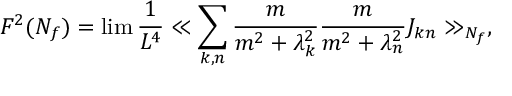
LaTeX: F ^ { 2 } ( N _ { f } ) = \operatorname * { l i m } \frac { 1 } { L ^ { 4 } } \ll \sum _ { k , n } \frac { m } { m ^ { 2 } + \lambda _ { k } ^ { 2 } } \frac { m } { m ^ { 2 } + \lambda _ { n } ^ { 2 } } J _ { k n } \gg _ { N _ { f } } ,